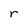
Character: r